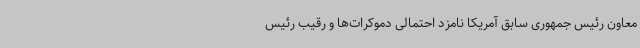
معاون رئیس جمهوری سابق آمریکا نامزد احتمالی دموکرات‌ها و رقیب رئیس